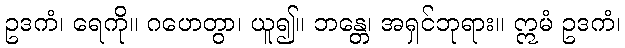
ဥဒကံ၊ ရေကို။ ဂဟေတွာ၊ ယူ၍။ ဘန္တေ၊ အရှင်ဘုရား။ ဣမံ ဥဒကံ၊